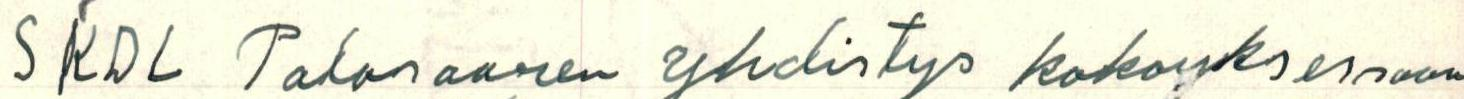
SKDL Palosaaren yhdistys kokouksessaan